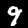
Digit: 9